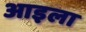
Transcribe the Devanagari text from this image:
आइला